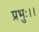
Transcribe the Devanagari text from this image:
प्रभुः।।